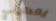
يعطيني